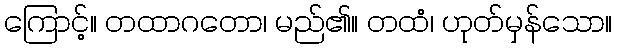
ကြောင့်။ တထာဂတော၊ မည်၏။ တထံ၊ ဟုတ်မှန်သော။